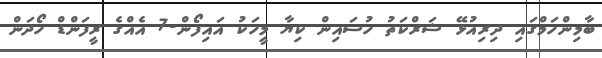
ބާމިންހަމްގައި ދިރިއުޅޭ ޝަރްކަތު ހުސައިން ކިޔާ މީހަކު އައިފޯން-7 އެއްގެ ރީފަންޑް ހޯދަން